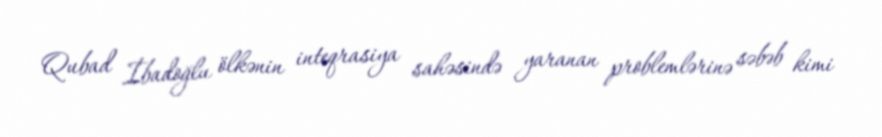
Qubad İbadoğlu ölkənin inteqrasiya sahəsində yaranan problemlərinə səbəb kimi